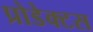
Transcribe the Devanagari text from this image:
प्रोडेक्टस